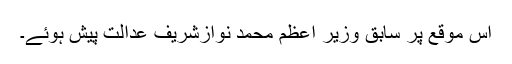
اس موقع پر سابق وزیر اعظم محمد نوازشریف عدالت پیش ہوئے۔